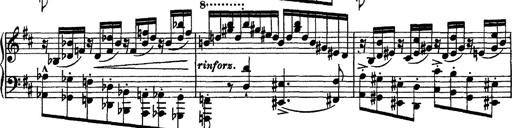
Title: Piano Sonata
Composer: Karl HÃ¤ssler
Key: C major